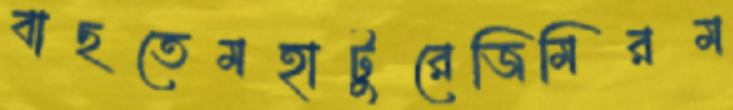
বাছতেমহাটুরেজিমিরম